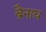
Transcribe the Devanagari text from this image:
ब्रैनाघ